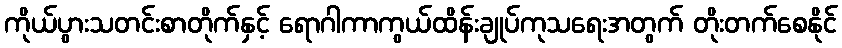
ကိုယ်ပွားသတင်းစာတိုက်နှင့် ရောဂါကာကွယ်ထိန်းချုပ်ကုသရေးအတွက် တိုးတက်စေနိုင်